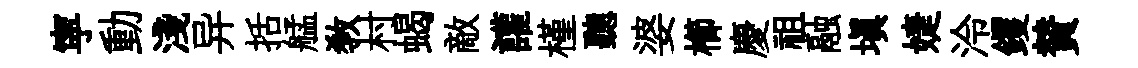
寜動淺异括艋敎村蝎敵讙槿聽婆櫛慶祖融塡婕泠钁賛